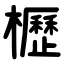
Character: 櫪